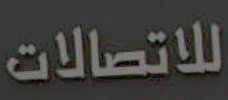
للاتصالات